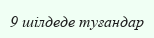
9 шілдеде туғандар